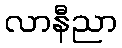
လာနီညာ